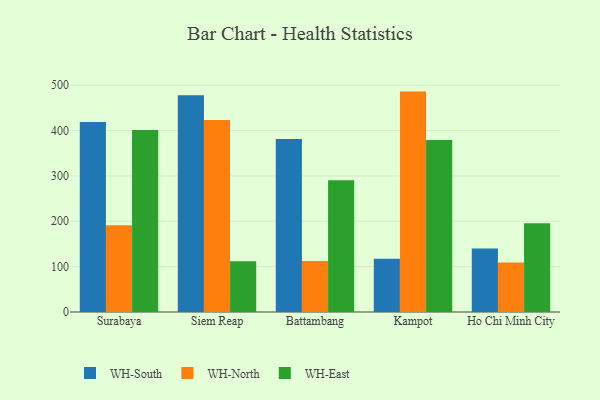
{"axis": {"x": "City", "y": "LTV (USD)"}, "legend": ["WH-East", "WH-North", "WH-South"], "data": [{"x": "Surabaya", "y": 419.1, "type": "WH-South"}, {"x": "Surabaya", "y": 191.0, "type": "WH-North"}, {"x": "Surabaya", "y": 401.0, "type": "WH-East"}, {"x": "Siem Reap", "y": 477.9, "type": "WH-South"}, {"x": "Siem Reap", "y": 423.4, "type": "WH-North"}, {"x": "Siem Reap", "y": 111.7, "type": "WH-East"}, {"x": "Battambang", "y": 381.3, "type": "WH-South"}, {"x": "Battambang", "y": 112.4, "type": "WH-North"}, {"x": "Battambang", "y": 290.2, "type": "WH-East"}, {"x": "Kampot", "y": 117.2, "type": "WH-South"}, {"x": "Kampot", "y": 485.9, "type": "WH-North"}, {"x": "Kampot", "y": 379.1, "type": "WH-East"}, {"x": "Ho Chi Minh City", "y": 139.8, "type": "WH-South"}, {"x": "Ho Chi Minh City", "y": 109.0, "type": "WH-North"}, {"x": "Ho Chi Minh City", "y": 195.5, "type": "WH-East"}]}